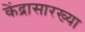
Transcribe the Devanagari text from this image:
केंद्रासारख्या